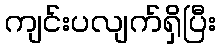
ကျင်းပလျက်ရှိပြီး